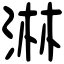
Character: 淋